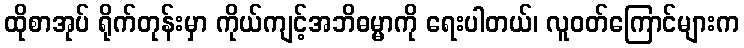
ထိုစာအုပ် ရိုက်တုန်းမှာ ကိုယ်ကျင့်အဘိဓမ္မာကို ရေးပါတယ်၊ လူဝတ်ကြောင်များက